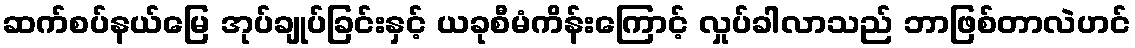
ဆက်စပ်နယ်မြေ အုပ်ချုပ်ခြင်းနှင့် ယခုစီမံကိန်းကြောင့် လှုပ်ခါလာသည် ဘာဖြစ်တာလဲဟင်